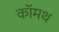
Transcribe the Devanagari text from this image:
कॉमथ